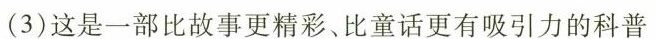
(3)这是一部比故事更精彩、比童话更有吸引力的科普